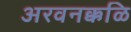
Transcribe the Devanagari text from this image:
अरवनक्कळि